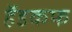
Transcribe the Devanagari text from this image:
हॅडकफ